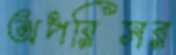
অপরিসর